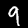
Digit: 9